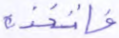
فاتخذه